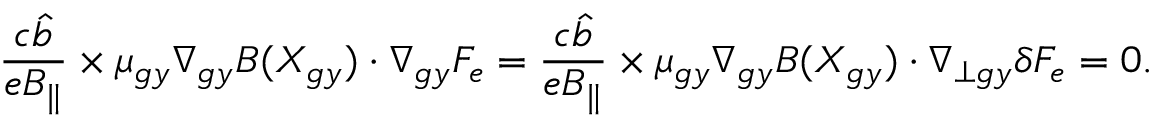
\frac { c \hat { b } } { e B _ { \parallel } } \times \mu _ { g y } \nabla _ { g y } B ( X _ { g y } ) \boldsymbol { \cdot } \nabla _ { g y } F _ { e } = \frac { c \hat { b } } { e B _ { \parallel } } \times \mu _ { g y } \nabla _ { g y } B ( X _ { g y } ) \boldsymbol { \cdot } \nabla _ { \perp g y } \delta F _ { e } = 0 .